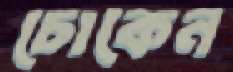
চোকেন